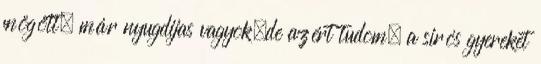
mögött, már nyugdijas vagyok,de azért tudom, a sirós gyereket